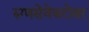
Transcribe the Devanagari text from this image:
रुग्णसेवेबरोबर